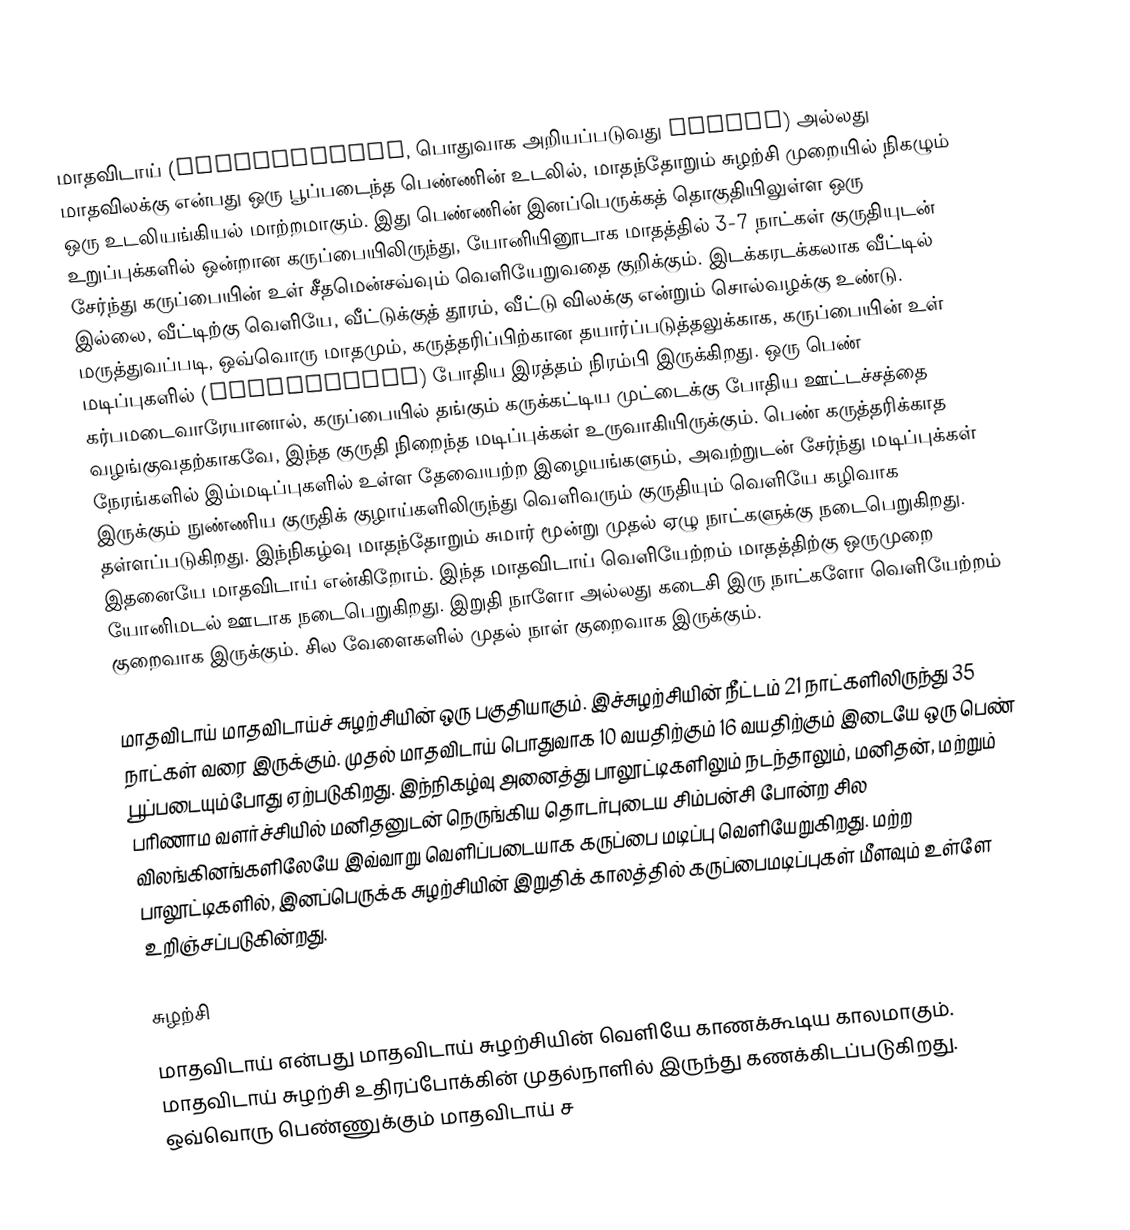
மாதவிடாய் (Menstruation, பொதுவாக அறியப்படுவது Period)  அல்லது மாதவிலக்கு என்பது ஒரு பூப்படைந்த பெண்ணின் உடலில், மாதந்தோறும் சுழற்சி முறையில் நிகழும் ஒரு உடலியங்கியல் மாற்றமாகும். இது பெண்ணின் இனப்பெருக்கத் தொகுதியிலுள்ள ஒரு உறுப்புக்களில் ஒன்றான கருப்பையிலிருந்து, யோனியினூடாக மாதத்தில் 3-7 நாட்கள் குருதியுடன் சேர்ந்து கருப்பையின் உள் சீதமென்சவ்வும் வெளியேறுவதை குறிக்கும். இடக்கரடக்கலாக வீட்டில் இல்லை, வீட்டிற்கு வெளியே, வீட்டுக்குத் தூரம், வீட்டு விலக்கு என்றும் சொல்வழக்கு உண்டு.  மருத்துவப்படி, ஒவ்வொரு மாதமும், கருத்தரிப்பிற்கான தயார்ப்படுத்தலுக்காக, கருப்பையின் உள் மடிப்புகளில் (endometrium) போதிய இரத்தம் நிரம்பி இருக்கிறது. ஒரு பெண் கர்பமடைவாரேயானால், கருப்பையில் தங்கும் கருக்கட்டிய  முட்டைக்கு போதிய ஊட்டச்சத்தை வழங்குவதற்காகவே, இந்த குருதி நிறைந்த மடிப்புக்கள் உருவாகியிருக்கும். பெண் கருத்தரிக்காத நேரங்களில் இம்மடிப்புகளில் உள்ள தேவையற்ற இழையங்களும், அவற்றுடன் சேர்ந்து மடிப்புக்கள் இருக்கும் நுண்ணிய குருதிக் குழாய்களிலிருந்து வெளிவரும் குருதியும் வெளியே கழிவாக தள்ளப்படுகிறது. இந்நிகழ்வு மாதந்தோறும் சுமார் மூன்று முதல் ஏழு நாட்களுக்கு நடைபெறுகிறது. இதனையே மாதவிடாய் என்கிறோம். இந்த மாதவிடாய் வெளியேற்றம் மாதத்திற்கு ஒருமுறை யோனிமடல் ஊடாக நடைபெறுகிறது.  இறுதி நாளோ அல்லது கடைசி இரு நாட்களோ வெளியேற்றம் குறைவாக இருக்கும். சில வேளைகளில் முதல் நாள் குறைவாக இருக்கும்.

மாதவிடாய் மாதவிடாய்ச் சுழற்சியின் ஒரு பகுதியாகும். இச்சுழற்சியின் நீட்டம் 21 நாட்களிலிருந்து 35 நாட்கள் வரை இருக்கும். முதல்  மாதவிடாய் பொதுவாக  10 வயதிற்கும் 16 வயதிற்கும் இடையே ஒரு பெண் பூப்படையும்போது ஏற்படுகிறது. இந்நிகழ்வு அனைத்து பாலூட்டிகளிலும் நடந்தாலும், மனிதன், மற்றும் பரிணாம வளர்ச்சியில் மனிதனுடன் நெருங்கிய தொடர்புடைய சிம்பன்சி போன்ற சில விலங்கினங்களிலேயே இவ்வாறு வெளிப்படையாக கருப்பை மடிப்பு வெளியேறுகிறது. மற்ற பாலூட்டிகளில், இனப்பெருக்க சுழற்சியின் இறுதிக் காலத்தில் கருப்பைமடிப்புகள் மீளவும் உள்ளே உறிஞ்சப்படுகின்றது.

சுழற்சி
மாதவிடாய் என்பது மாதவிடாய் சுழற்சியின் வெளியே காணக்கூடிய காலமாகும். மாதவிடாய் சுழற்சி உதிரப்போக்கின் முதல்நாளில் இருந்து கணக்கிடப்படுகிறது. ஒவ்வொரு பெண்ணுக்கும் மாதவிடாய் ச